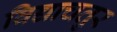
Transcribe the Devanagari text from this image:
विद्याचतुर